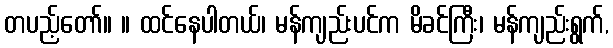
တပည့်တော်။ ။ ထင်နေပါတယ်၊ မန်ကျည်းပင်က မိခင်ကြီး၊ မန်ကျည်းရွက်,